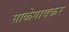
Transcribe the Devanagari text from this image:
साळेगावकर